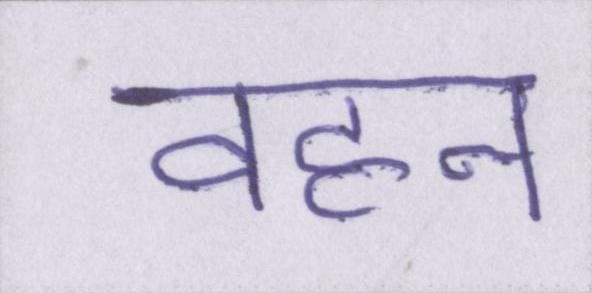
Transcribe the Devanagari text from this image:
वहन